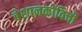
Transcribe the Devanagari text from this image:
बेशानकोविची